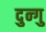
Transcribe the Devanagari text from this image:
दुन्गु